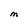
Character: M